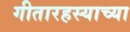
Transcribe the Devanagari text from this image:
गीतारहस्याच्या